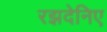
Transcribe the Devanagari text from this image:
रझदेनिए